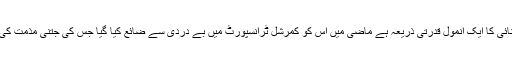
گیس جوکہ توانائی کا ایک انمول قدرتی ذریعہ ہے ماضی میں اس کو کمرشل ٹرانسپورٹ میں بے دردی سے ضائع کیا گیا جس کی جتنی مذمت کی جائے کم ہے۔